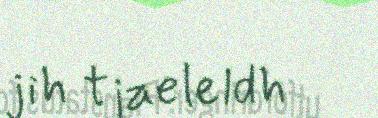
jih tjaeleldh